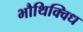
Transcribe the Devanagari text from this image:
भौथिक्विध